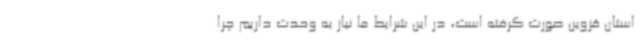
استان قزوین صورت گرفته است، در این شرایط ما نیاز به وحدت داریم چرا